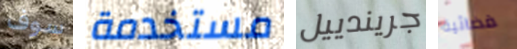
سوف مستخدمة جريندييل فضائية